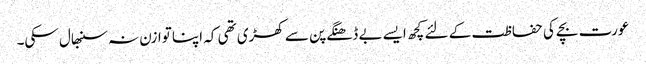
عورت بچے کی حفاظت کے لئے کچھ ایسے بے ڈھنگے پن سے کھڑی تھی کہ اپنا توازن نہ سنبھال سکی۔